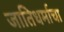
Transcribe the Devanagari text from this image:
जातिधर्माचा